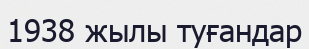
1938 жылы туғандар